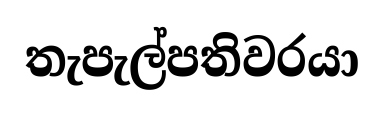
තැපැල්පතිවරයා